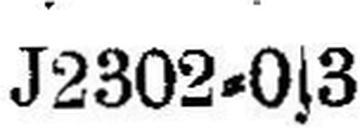
J2302-0s3